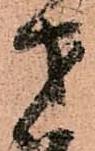
才